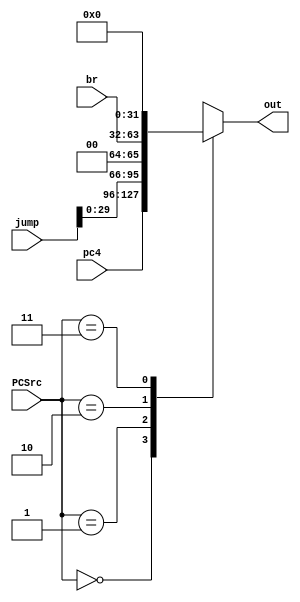
module PCmux (br, jump, pc4, PCSrc, out);
    input [31:0] br;
    input [31:0] jump;
    input [31:0] pc4;
    input [ 1:0] PCSrc;
    
    output reg [31:0] out;

    always @* begin
        case (PCSrc) 
            2'd0: out = pc4; 
            2'd1: out = jump<<2;
            2'd2: out = br;
            2'd3: out = 0;
        endcase
    end
endmodule